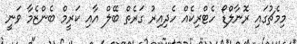
މިމެޗުގައި ރޮނާލްޑޯ ހެޓްރިކެއް ހެދިއިރު ގަރެތް ބޭލް އާއި ކަރީމް ބެންޒެމާ ވަނީ